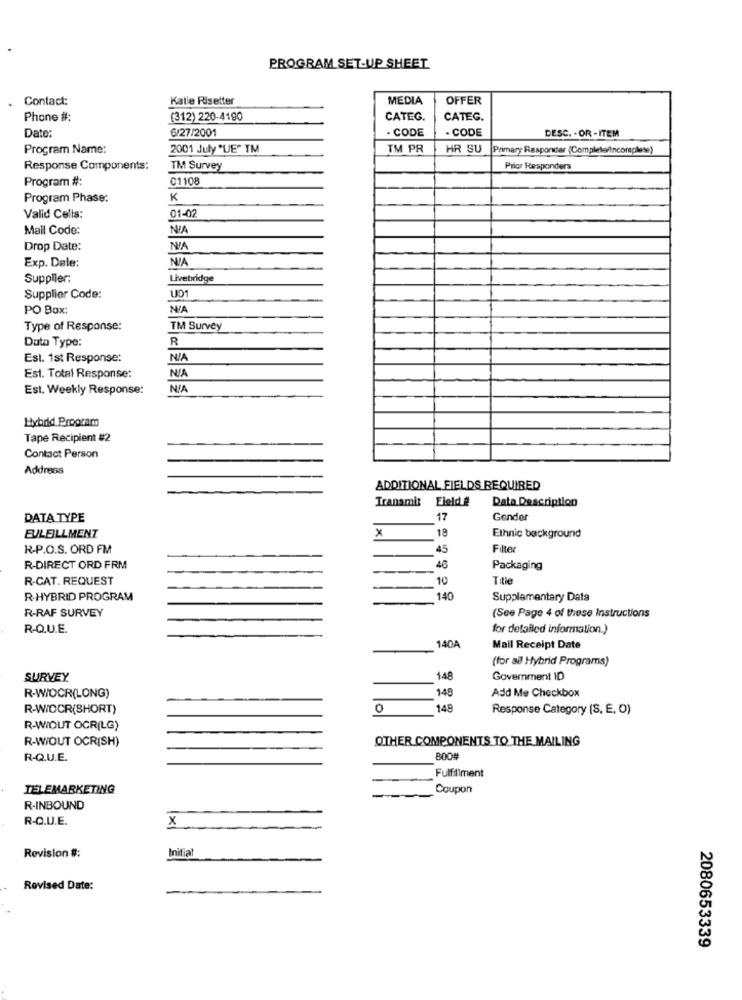
PROGRAM SET-UP SHEET
Contact:
Katie Risetter
MEDIA
OFFER
Phone #:
(312) 220-4190
CATEG.
CATEG.
Date:
6/27/2001
· CODE
- CODE
DESC. - OR -ITEM
Program Name:
2001 July "VE" TM
TM PR
HR SU
Primary Responder (Completeincomplete)
Response Components:
TM Survey
Prior Responders
Program #:
01108
Program Phase:
K
Valid Cells:
01-02
Mail Code:
Drop Date:
Exp. Dele:
Supplier:
Livebridge
UD1
Supplier Code:
PO Box:
Type of Response:
TM Survey
Data Type:
R
Est. 1st Response:
Est. Total Response:
Est. Weekly Response:
NIA
Hybrid Program
Tape Recipient #2
Contact Person
Address
ADDITIONAL FIELDS REQUIRED
Transmit
Field #
Data Description
DATA TYPE
17
Gender
18
FULFILLMENT
X
Ethnic background
R-P.O.S. ORD FM
45
Filter
R-DIRECT ORD FRM
48
Packaging
R-CAT. REQUEST
10
Title
-
R-HYBRID PROGRAM
140
Supplementary Data
R-RAF SURVEY
(See Page 4 of these Instructions
R-Q.U.E.
for detailed information.)
140A
Mail Receipt Date
(for all Hybrid Programs)
SURVEY
148
Government ID
148
R-WIOCR(LONG)
Add Me Checkbox
R-WIOCR(SHORT)
0
148
Response Category (S, E, O)
R-WOUT OCR(LG)
R-WOUT OCRISH)
OTHER COMPONENTS TO THE MAILING
R-Q.U.E.
800#
Fulfillment
TELEMARKETING
Coupon
R-INBOUND
R-Q.U.E.
x
Revision #:
Initial
Revised Date:
2080653339